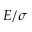
E / \sigma